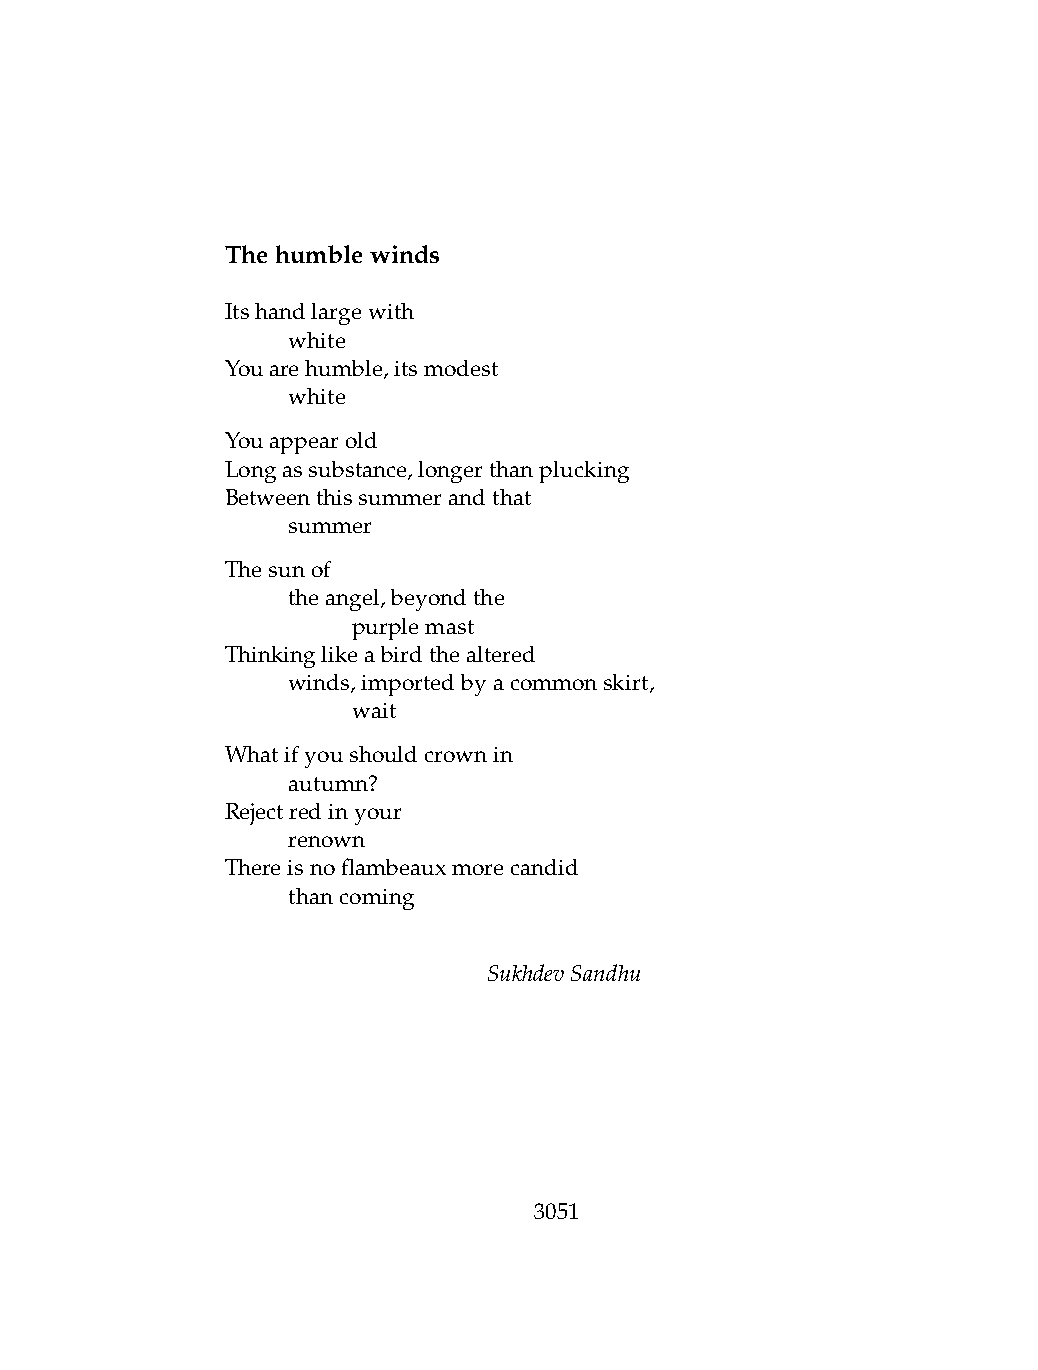
Thehumblewinds
 Itshandlargewith
 .   white
 Youarehumble,itsmodest
 .   white
 Youappearold
 Longassubstance,longerthanplucking
 Betweenthissummerandthat
 .   summer
 Thesunof
 .   theangel,beyondthe
 .   .   purplemast
 Thinkinglikeabirdthealtered
 .   winds,importedbyacommonskirt,
 .   .   wait
 Whatifyoushouldcrownin
 .   autumn?
 Rejectredinyour
 .   renown
 Thereisnoflambeauxmorecandid
 .   thancoming
 SukhdevSandhu
 3051